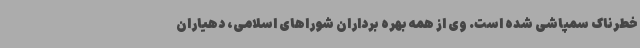
خطرناک سمپاشی شده است. وی از همه بهره برداران شوراهای اسلامی، دهیاران